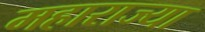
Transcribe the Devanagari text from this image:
महाराज्या